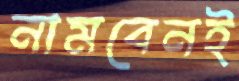
নামবেনই